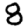
Digit: 8